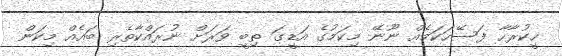
ހީކުރާހާ ފަސޭހަކަމެއް ނޫނޭ މިކަމުގެ އަޑީގަ ތިބީ ވަރަށް ނުރައްކާތެރި ބައެއް މިކަން